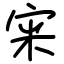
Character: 宩